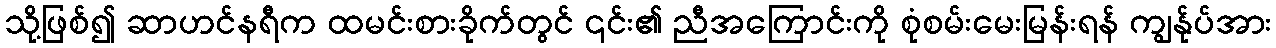
သို့ဖြစ်၍ ဆာဟင်နရီက ထမင်းစားခိုက်တွင် ၎င်း၏ ညီအကြောင်းကို စုံစမ်းမေးမြန်းရန် ကျွန်ုပ်အား